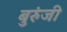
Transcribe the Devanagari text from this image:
बुरुंजी